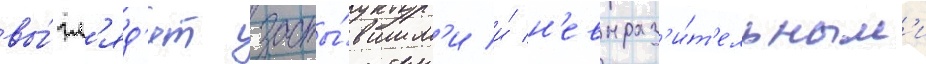
вы́гл'яд'ят засты́вшим'и и́ н'евыраз'и́т'ельным'и